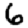
Digit: 6